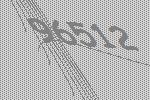
96512